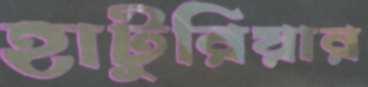
হাটুরিয়ার